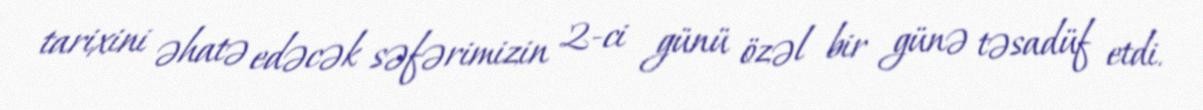
tarixini əhatə edəcək səfərimizin 2-ci günü özəl bir günə təsadüf etdi.